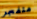
متفجر